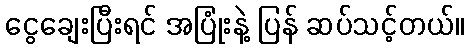
ငွေချေးပြီးရင် အပြုံးနဲ့ ပြန် ဆပ်သင့်တယ်။